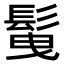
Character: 𩬲